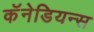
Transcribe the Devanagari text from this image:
कॅनेडियन्स